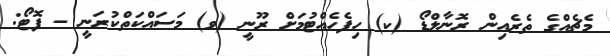
މެޗެއްގެ ތެރެއިން ރޮނާލްޑޯ (ކ) ހިފެހެއްޓުމަށް ރޫނީ (ވ) މަސައްކަތްކުރަނީ - ފޮޓޯ: